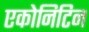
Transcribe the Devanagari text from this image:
एकोनिटिन